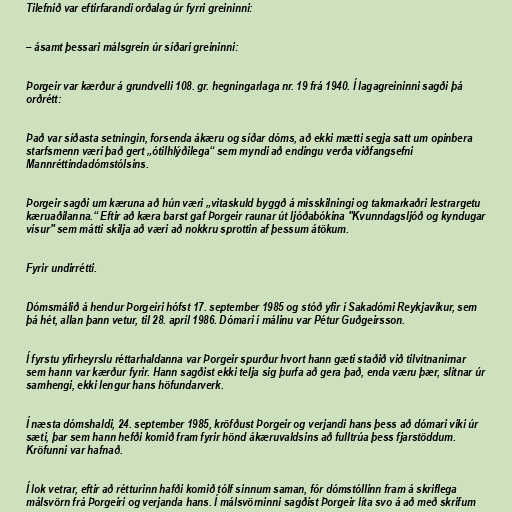
Tilefnið var eftirfarandi orðalag úr fyrri greininni:

– ásamt þessari málsgrein úr síðari greininni:

Þorgeir var kærður á grundvelli 108. gr. hegningarlaga nr. 19 frá 1940. Í lagagreininni sagði þá
orðrétt:

Það var síðasta setningin, forsenda ákæru og síðar dóms, að ekki mætti segja satt um opinbera
starfsmenn væri það gert „ótilhlýðilega“ sem myndi að endingu verða viðfangsefni
Mannréttindadómstólsins.

Þorgeir sagði um kæruna að hún væri „vitaskuld byggð á misskilningi og takmarkaðri lestrargetu
kæruaðilanna.“ Eftir að kæra barst gaf Þorgeir raunar út ljóðabókina "Kvunndagsljóð og kyndugar
vísur" sem mátti skilja að væri að nokkru sprottin af þessum átökum.

Fyrir undirrétti.

Dómsmálið á hendur Þorgeiri hófst 17. september 1985 og stóð yfir í Sakadómi Reykjavíkur, sem
þá hét, allan þann vetur, til 28. apríl 1986. Dómari í málinu var Pétur Guðgeirsson.

Í fyrstu yfirheyrslu réttarhaldanna var Þorgeir spurður hvort hann gæti staðið við tilvitnanirnar
sem hann var kærður fyrir. Hann sagðist ekki telja sig þurfa að gera það, enda væru þær, slitnar úr
samhengi, ekki lengur hans höfundarverk.

Í næsta dómshaldi, 24. september 1985, kröfðust Þorgeir og verjandi hans þess að dómari viki úr
sæti, þar sem hann hefði komið fram fyrir hönd ákæruvaldsins að fulltrúa þess fjarstöddum.
Kröfunni var hafnað.

Í lok vetrar, eftir að rétturinn hafði komið tólf sinnum saman, fór dómstóllinn fram á skriflega
málsvörn frá Þorgeiri og verjanda hans. Í málsvörninni sagðist Þorgeir líta svo á að með skrifum